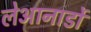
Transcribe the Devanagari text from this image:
लेआनार्डो